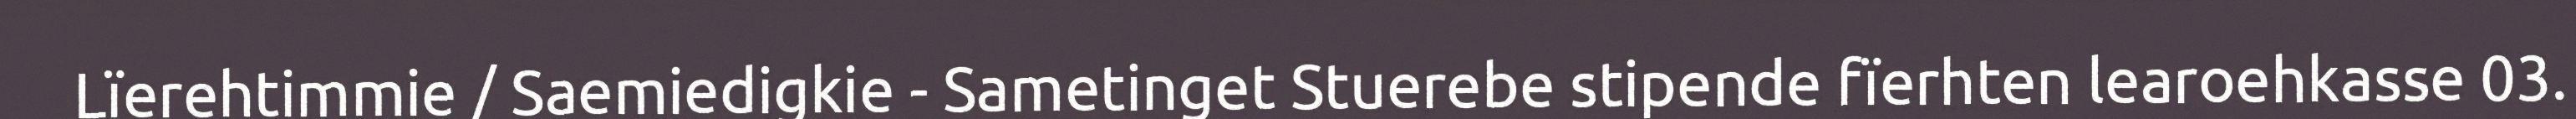
Lïerehtimmie / Saemiedigkie - Sametinget Stuerebe stipende fïerhten learoehkasse 03.